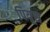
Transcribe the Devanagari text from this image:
पियूस